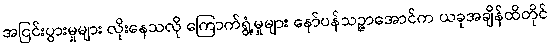
အငြင်းပွားမှုများ လိုးနေသလို ကြောက်ရွံ့မှုများ နော်ပန်သဉ္ဇာအောင်က ယခုအချိန်ထိတိုင်